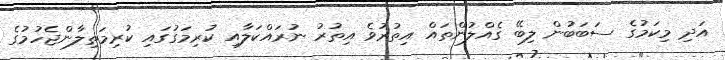
އަދި މިކަމުގެ ސަބަބުން ލިބޭ ގެއްލުންތައް އިތުރުވެ އިތުރު ނުރައްކަލާއި ކުރިމަގުގައި ކުރިމަތިލާންޖެހުމުގެ